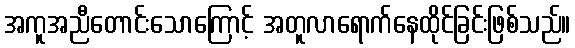
အကူအညီတောင်းသောကြောင့် အတူလာရောက်နေထိုင်ခြင်းဖြစ်သည်။